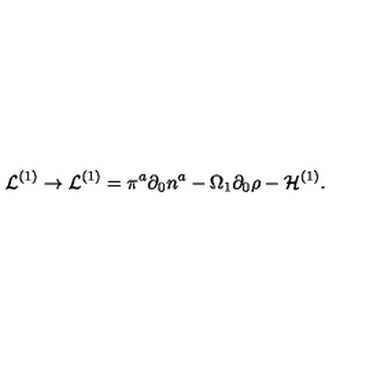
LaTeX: { \cal L } ^ { ( 1 ) } \rightarrow { \cal L } ^ { ( 1 ) } = \pi ^ { a } \partial _ { 0 } { n } ^ { a } - \Omega _ { 1 } \partial _ { 0 } { \rho } - { \cal H } ^ { ( 1 ) } .